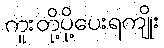
ကူးတို့ပို့ပေးရကျိုး